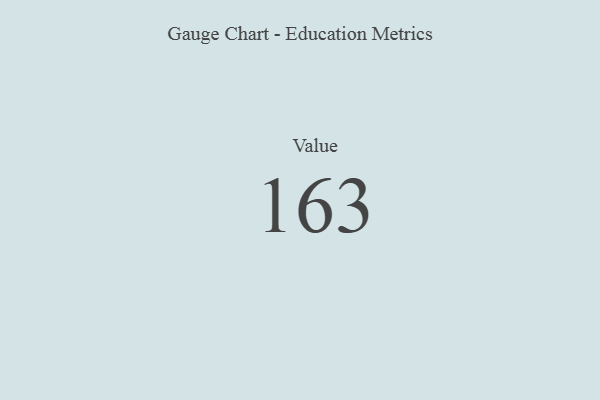
{"axis": {"x": "Metric", "y": "Value"}, "legend": [""], "data": [{"x": "Value", "y": 163, "type": ""}]}